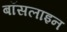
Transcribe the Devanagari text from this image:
बॉसलाइन